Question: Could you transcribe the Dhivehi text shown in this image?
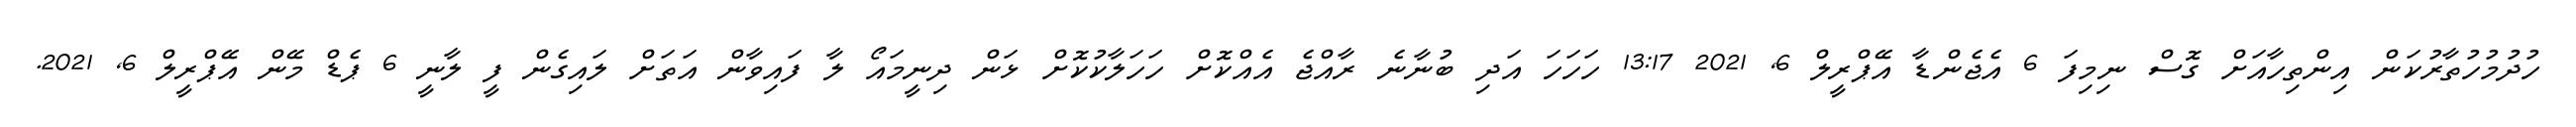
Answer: ހުދުމުހުތާރުކަން އިންތިހާއަށް ގޮސް ނިމިފަ 6 އެޖެންޑާ އޭޕްރީލް 6, 2021 13:17 ހަހަހަ އަދި ބުނާނެ ރާއްޖެ އެއްކޮށް ހަހަލާކުކޮށް ޅަން ދިނީމައޯ ލާ ފައިވާން އަތަށް ލައިގެން ފީ ލާނީ 6 ޕެޑް މޭން އޭޕްރީލް 6, 2021.